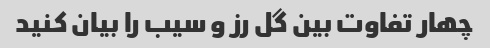
چهار تفاوت بین گل رز و سیب را بیان کنید